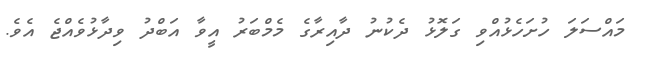
މައްސަލަ ހުށަހެޅުއްވި ގަލޮޅު ދެކުނު ދާއިރާގެ މެމްބަރު އީވާ އަބްދު ވިދާޅުވެއްޖެ އެވެ.